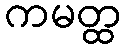
ကမတ္ထ